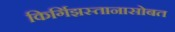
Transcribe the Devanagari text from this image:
किर्गिझस्तानासोबत